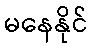
မနေနိုင်